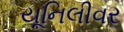
યૂનિલીવર